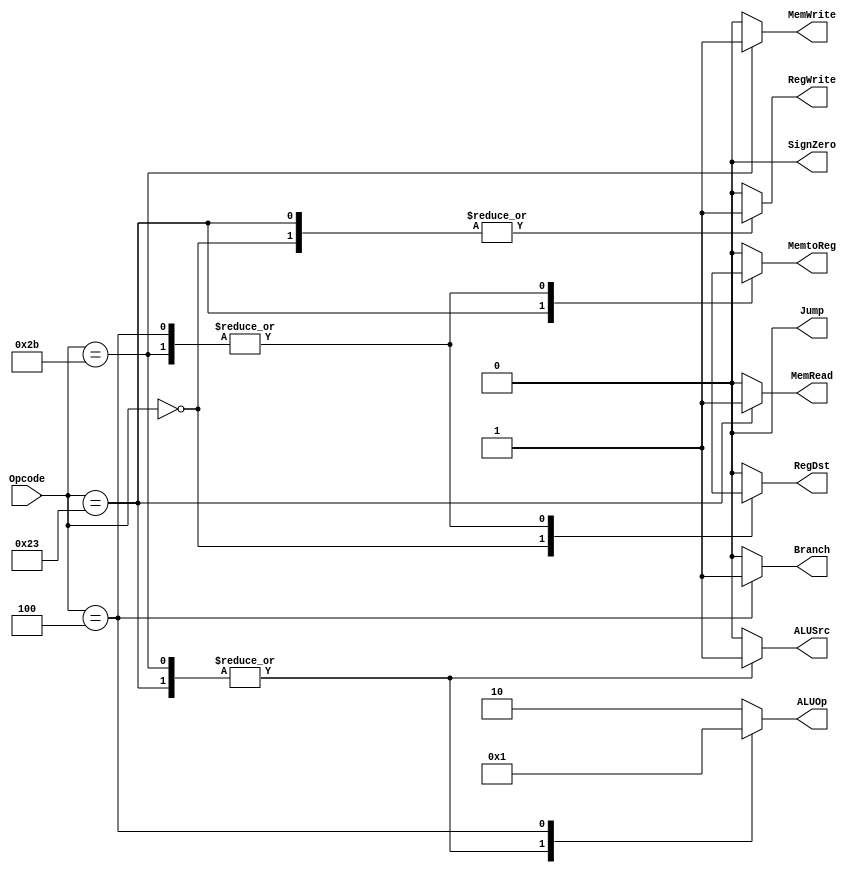
`timescale 1 ps / 100 fs

module Control(RegDst, ALUSrc, MemtoReg, RegWrite, MemRead, MemWrite, Branch, ALUOp, Jump, SignZero, Opcode);

    output RegDst,ALUSrc,MemtoReg,RegWrite,MemRead,MemWrite,Branch,Jump,SignZero;
    output [1:0] ALUOp;
    input [5:0] Opcode;
    reg RegDst,ALUSrc,MemtoReg,RegWrite,MemRead,MemWrite,Branch,Jump,SignZero;
    reg [1:0] ALUOp;

    always @(*)
    casex (Opcode)
        6'b000000 : begin // R - type
                        RegDst = 1'b1;
                        ALUSrc = 1'b0;
                        MemtoReg= 1'b0;
                        RegWrite= 1'b1;
                        MemRead = 1'b0;
                        MemWrite= 1'b0;
                        Branch = 1'b0;
                        ALUOp = 2'b10;
                        Jump = 1'b0;
                        SignZero= 1'b0;
                    end
        6'b100011 : begin // lw - load word
                        RegDst = 1'b0;
                        ALUSrc = 1'b1;
                        MemtoReg= 1'b1;
                        RegWrite= 1'b1;
                        MemRead = 1'b1;
                        MemWrite= 1'b0;
                        Branch = 1'b0;
                        ALUOp = 2'b00;
                        Jump = 1'b0;
                        SignZero= 1'b0; // sign extend
                    end
        6'b101011 : begin // sw - store word
                        RegDst = 1'bx;
                        ALUSrc = 1'b1;
                        MemtoReg= 1'bx;
                        RegWrite= 1'b0;
                        MemRead = 1'b0;
                        MemWrite= 1'b1;
                        Branch = 1'b0;
                        ALUOp = 2'b00;
                        Jump = 1'b0;
                        SignZero= 1'b0;
                    end
        6'b000100 : begin // beq - branch on equal
                        RegDst = 1'bx;
                        ALUSrc = 1'b0;
                        MemtoReg= 1'bx;
                        RegWrite= 1'b0;
                        MemRead = 1'b0;
                        MemWrite= 1'b0;
                        Branch = 1'b1;
                        ALUOp = 2'b01;
                        Jump = 1'b0;
                        SignZero= 1'b0; // sign extend
                    end
        
        default :   begin 
                        RegDst = 1'b0;
                        ALUSrc = 1'b0;
                        MemtoReg= 1'b0;
                        RegWrite= 1'b0;
                        MemRead = 1'b0;
                        MemWrite= 1'b0;
                        Branch = 1'b0;
                        ALUOp = 2'b10;
                        Jump = 1'b0;
                        SignZero= 1'b0;
                    end
    
    endcase

endmodule